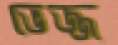
ভেজ্জ